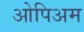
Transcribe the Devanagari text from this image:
ओपिअम